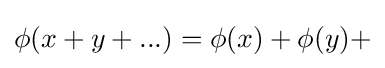
\phi (x+y+...)=\phi (x)+\phi (y)+